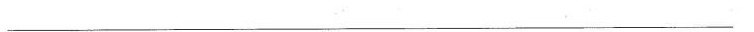
___